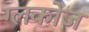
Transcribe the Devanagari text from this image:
ग्लकोज